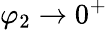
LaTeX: \varphi_{2}\rightarrow 0^{+}